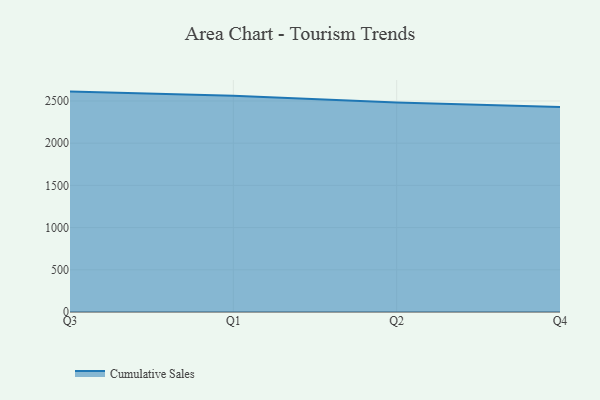
{"axis": {"x": "Quarter", "y": "Active Users"}, "legend": ["Cumulative Sales"], "data": [{"x": "Q3", "y": 2611.0, "type": "Cumulative Sales"}, {"x": "Q1", "y": 2562.6, "type": "Cumulative Sales"}, {"x": "Q2", "y": 2480.9, "type": "Cumulative Sales"}, {"x": "Q4", "y": 2428.8, "type": "Cumulative Sales"}]}